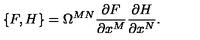
\{ F , H \} = \Omega ^ { M N } \frac { \partial F } { \partial x ^ { M } } \frac { \partial H } { \partial x ^ { N } } .